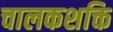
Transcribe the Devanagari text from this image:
चालकशक्ति